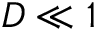
D \ll 1